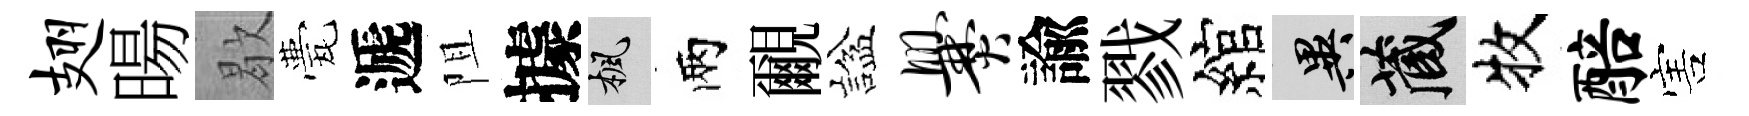
翅暘歇甍遞阻據楓兩覼諡爨諭戮綰异藏牧醅害